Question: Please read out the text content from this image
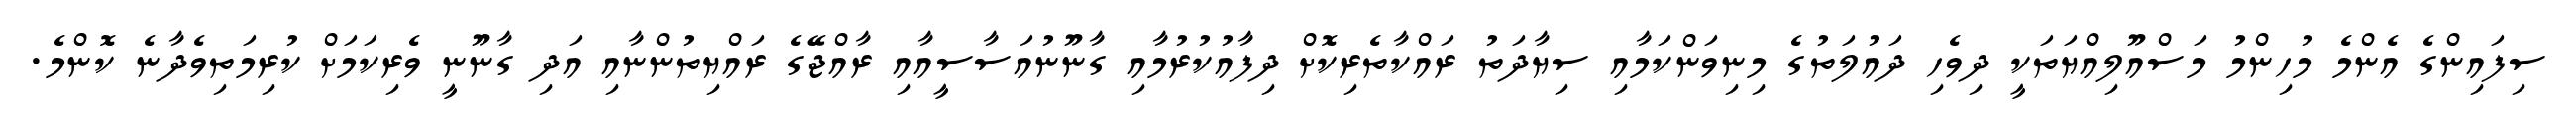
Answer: ސިފައިންގެ އެންމެ މުހިންމު މަސްއޫލިއްޔަތަކީ ދިވެހި ދައުލަތުގެ މިނިވަންކަމާއި ސިޔާދަތު ރައްކާތެރިކޮށް ދިފާއުކުރުމާއި ގާނޫނުއަސާސީއާއި ރާއްޖޭގެ ރައްޔިތުންނާއި އަދި ގާނޫނީ ވެރިކަމަށް ކުރިމަތިވެދާނެ ކޮންމެ.